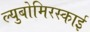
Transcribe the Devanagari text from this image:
ल्युबोमिरस्काई